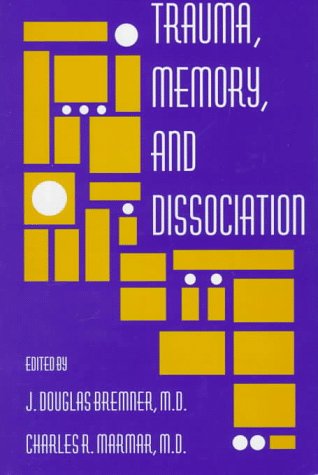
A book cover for Trauma, Memory, and Dissociation (Progress in Psychiatry); Health, Fitness & Dieting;